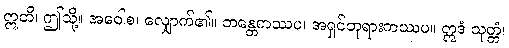
ဣတိ၊ ဤသို့။ အဝေါစ၊ လျှောက်၏။ ဘန္တေကဿပ၊ အရှင်ဘုရားကဿပ။ ဣဒံ သုတ္တံ၊